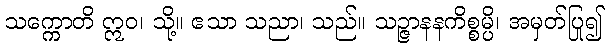
သက္ကောတိ ဣဝ၊ သို့။ ဧသာ သညာ၊ သည်။ သဉ္ဇာနနကိစ္စမ္ပိ၊ အမှတ်ပြု၍